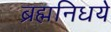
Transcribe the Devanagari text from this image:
ब्रह्मनिधये